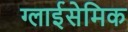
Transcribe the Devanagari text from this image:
ग्लाईसेमिक